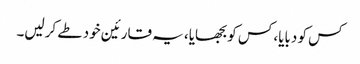
کس کو دبایا، کس کو بجھایا، یہ قارئین خود طے کرلیں۔